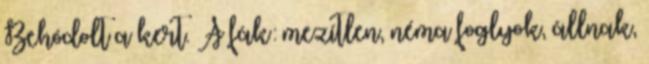
Behódolt a kert. A fák: mezítlen, néma foglyok, állnak,